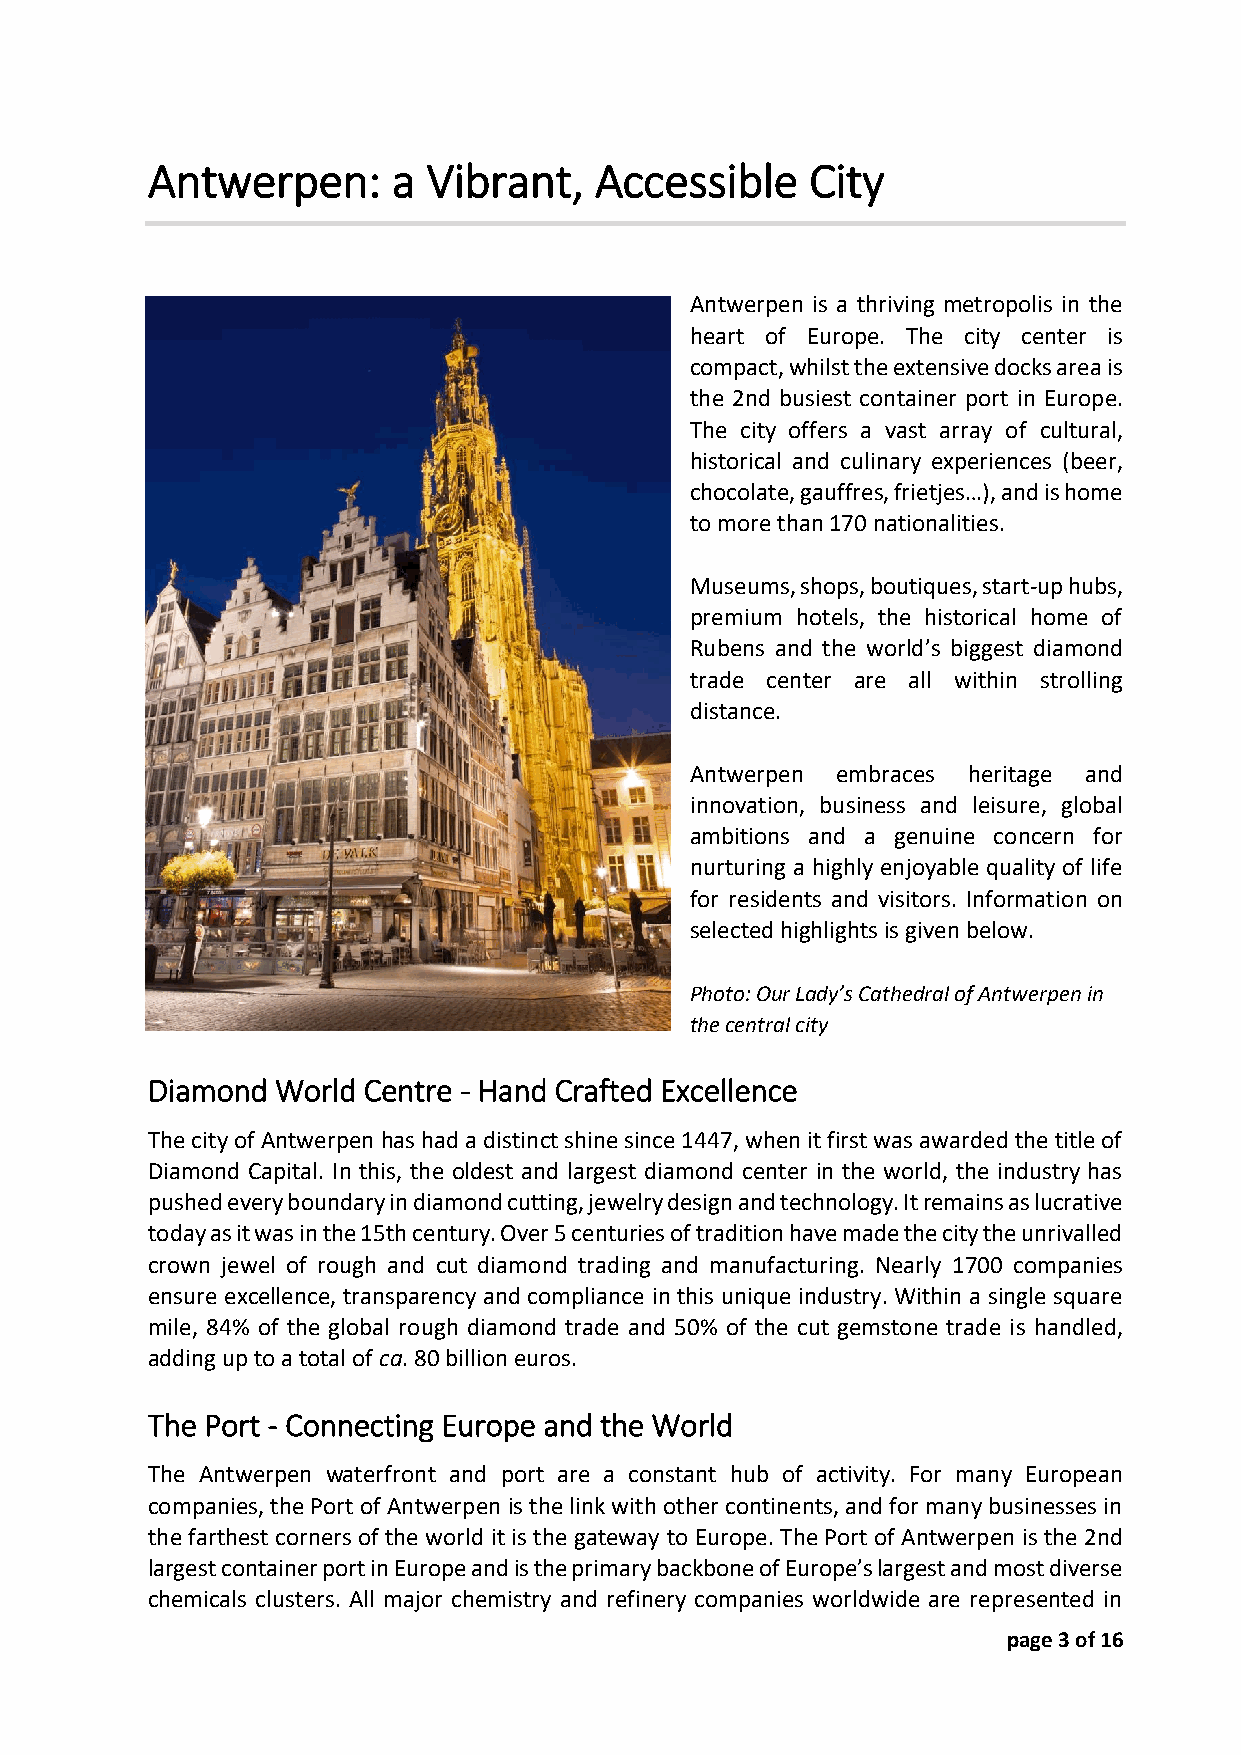
Antwerpen:      a Vibrant,   Accessible     City
 Antwerpen is a thriving metropolis in the
 heart of Europe. The city center is
 compact, whilst the extensive docks area is
 the 2nd busiest container port in Europe.
 The city offers a vast array of cultural,
 historical and culinary experiences (beer,
 chocolate, gauffres, frietjes…), and is home
 to more than 170 nationalities.
 Museums, shops, boutiques, start-up hubs,
 premium hotels, the historical home of
 Rubens and the world’s biggest diamond
 trade center are all within strolling
 distance.
 Antwerpen embraces heritage and
 innovation, business and leisure, global
 ambitions and a genuine concern for
 nurturing a highly enjoyable quality of life
 for residents and visitors. Information on
 selected highlights is given below.
 Photo: Our Lady’s Cathedral of Antwerpen in
 the central city
 Diamond World Centre - Hand Crafted Excellence
 The city of Antwerpen has had a distinct shine since 1447, when it first was awarded the title of
 Diamond Capital. In this, the oldest and largest diamond center in the world, the industry has
 pushed every boundary in diamond cutting, jewelry design and technology. It remains as lucrative
 today as it was in the 15th century. Over 5 centuries of tradition have made the city the unrivalled
 crown jewel of rough and cut diamond trading and manufacturing. Nearly 1700 companies
 ensure excellence, transparency and compliance in this unique industry. Within a single square
 mile, 84% of the global rough diamond trade and 50% of the cut gemstone trade is handled,
 adding up to a total of ca. 80 billion euros.
 The Port - Connecting Europe and the World
 The Antwerpen waterfront and port are a constant hub of activity. For many European
 companies, the Port of Antwerpen is the link with other continents, and for many businesses in
 the farthest corners of the world it is the gateway to Europe. The Port of Antwerpen is the 2nd
 largest container port in Europe and is the primary backbone of Europe’s largest and most diverse
 chemicals clusters. All major chemistry and refinery companies worldwide are represented in
 page 3 of 16